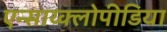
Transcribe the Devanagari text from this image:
एन्साय्क्लोपीडिया